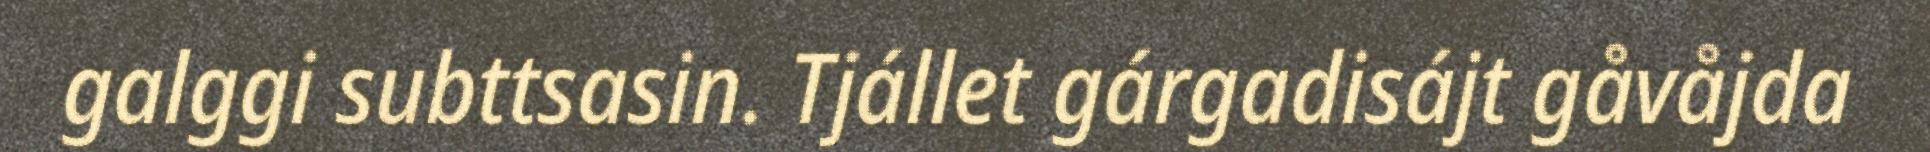
galggi subttsasin. Tjállet gárgadisájt gåvåjda